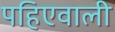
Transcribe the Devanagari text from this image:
पहिएवाली